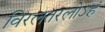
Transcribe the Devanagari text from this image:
विरलतरलोऽहं